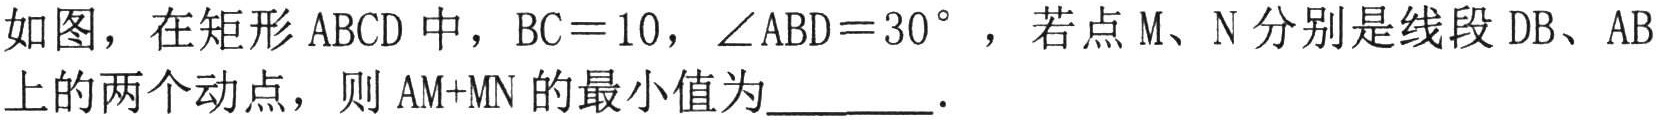
如图，在矩形\(ABCD\)中，\(BC = 10\)，\(\angle ABD = 30^{\circ}\)，若点\(M、N\)分别是线段\(DB、AB\)
上的两个动点，则\(AM + MN\)的最小值为  ．